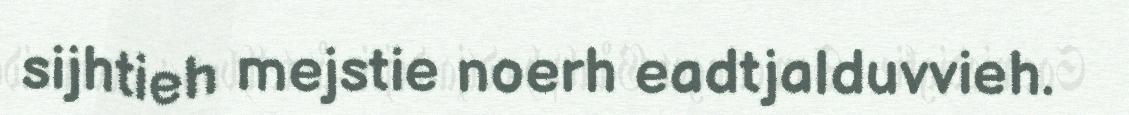
sijhtieh mejstie noerh eadtjalduvvieh.